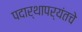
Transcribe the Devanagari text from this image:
पदार्थापर्यंतचे